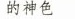
的神色